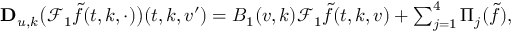
\begin{array} { r } { \mathbf { D } _ { u , k } \big ( \mathcal { F } _ { 1 } \tilde { f } ( t , k , \cdot ) \big ) ( t , k , v ^ { \prime } ) = B _ { 1 } ( v , k ) \mathcal { F } _ { 1 } \tilde { f } ( t , k , v ) + \sum _ { j = 1 } ^ { 4 } \Pi _ { j } ( \tilde { f } ) , } \end{array}